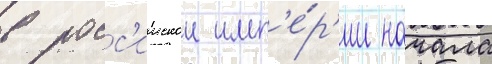
в росс'иискои имп'е́р'ии начала